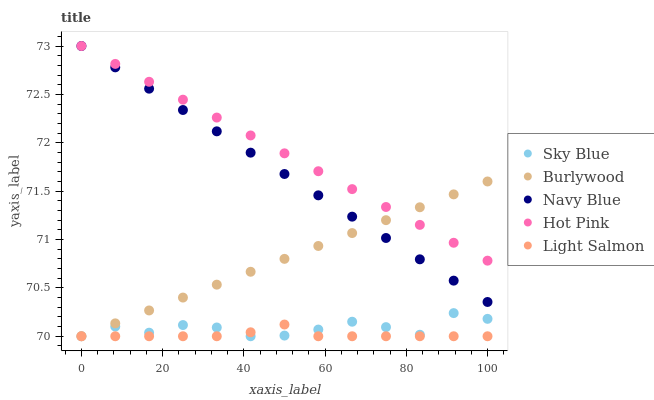
| xaxis_label | Sky Blue | Burlywood | Navy Blue | Hot Pink | Light Salmon |
 | --- | --- | --- | --- | --- | --- |
 | 0 | 70 | 70 | 73 | 73 | 70 |
 | 8.33 | 70.1 | 70.1 | 72.8 | 72.8 | 70 |
 | 16.7 | 70 | 70.3 | 72.6 | 72.6 | 70 |
 | 25 | 70.1 | 70.4 | 72.3 | 72.4 | 70 |
 | 33.3 | 70.1 | 70.5 | 72.1 | 72.3 | 70 |
 | 41.7 | 70 | 70.7 | 71.9 | 72.1 | 70 |
 | 50 | 70 | 70.8 | 71.7 | 71.9 | 70.1 |
 | 58.3 | 70.1 | 70.9 | 71.5 | 71.7 | 70 |
 | 66.7 | 70.2 | 71.1 | 71.2 | 71.5 | 70 |
 | 75 | 70.1 | 71.2 | 71 | 71.3 | 70 |
 | 83.3 | 70 | 71.3 | 70.8 | 71.2 | 70 |
 | 91.7 | 70.2 | 71.5 | 70.6 | 71 | 70 |
 | 100 | 70.2 | 71.6 | 70.4 | 70.8 | 70 |